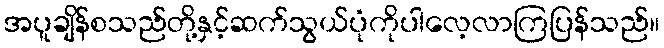
အပူချိန်စသည်တို့နှင့်ဆက်သွယ်ပုံကိုပါလေ့လာကြပြန်သည်။